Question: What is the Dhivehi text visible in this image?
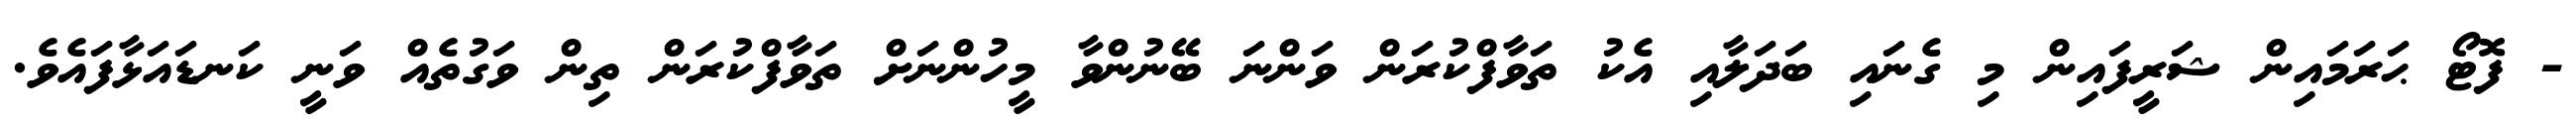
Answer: - ފޮޓޯ ޙަރަމައިން ޝަރީފައިން މި ގެނައި ބަދަލާއި އެކު ތަވާފްކުރަން ވަންނަ ބޭނުންވާ މީހުންނަށް ތަވާފްކުރަން ތިން ވަގުތެއް ވަނީ ކަނޑައަޅާފައެވެ.